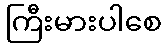
ကြီးမားပါစေ